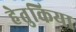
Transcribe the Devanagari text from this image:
हेतुकिया